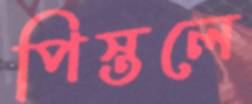
পিস্তলে